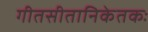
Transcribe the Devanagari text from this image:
गीतसीतानिकेतकः